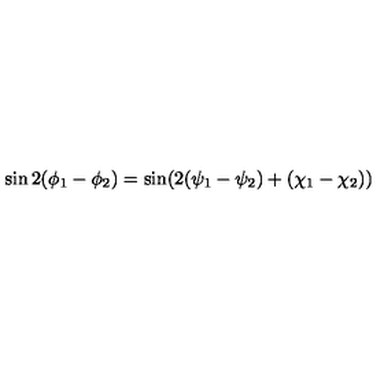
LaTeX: \sin 2 ( \phi _ { 1 } - \phi _ { 2 } ) = \sin ( 2 ( \psi _ { 1 } - \psi _ { 2 } ) + ( \chi _ { 1 } - \chi _ { 2 } ) )